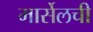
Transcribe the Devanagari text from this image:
मार्सेलची